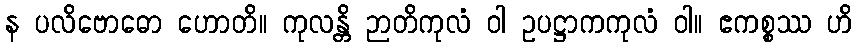
န ပလိဗောဓော ဟောတိ။ ကုလန္တိ ဉာတိကုလံ ဝါ ဥပဋ္ဌာကကုလံ ဝါ။ ဧကစ္စဿ ဟိ